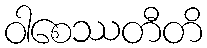
ဝါစေဿတီတိ